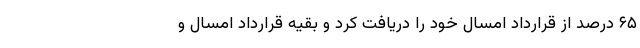
۶۵ درصد از قرارداد امسال خود را دریافت کرد و بقیه قرارداد امسال و